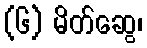
(၆) မိတ်ဆွေ၊